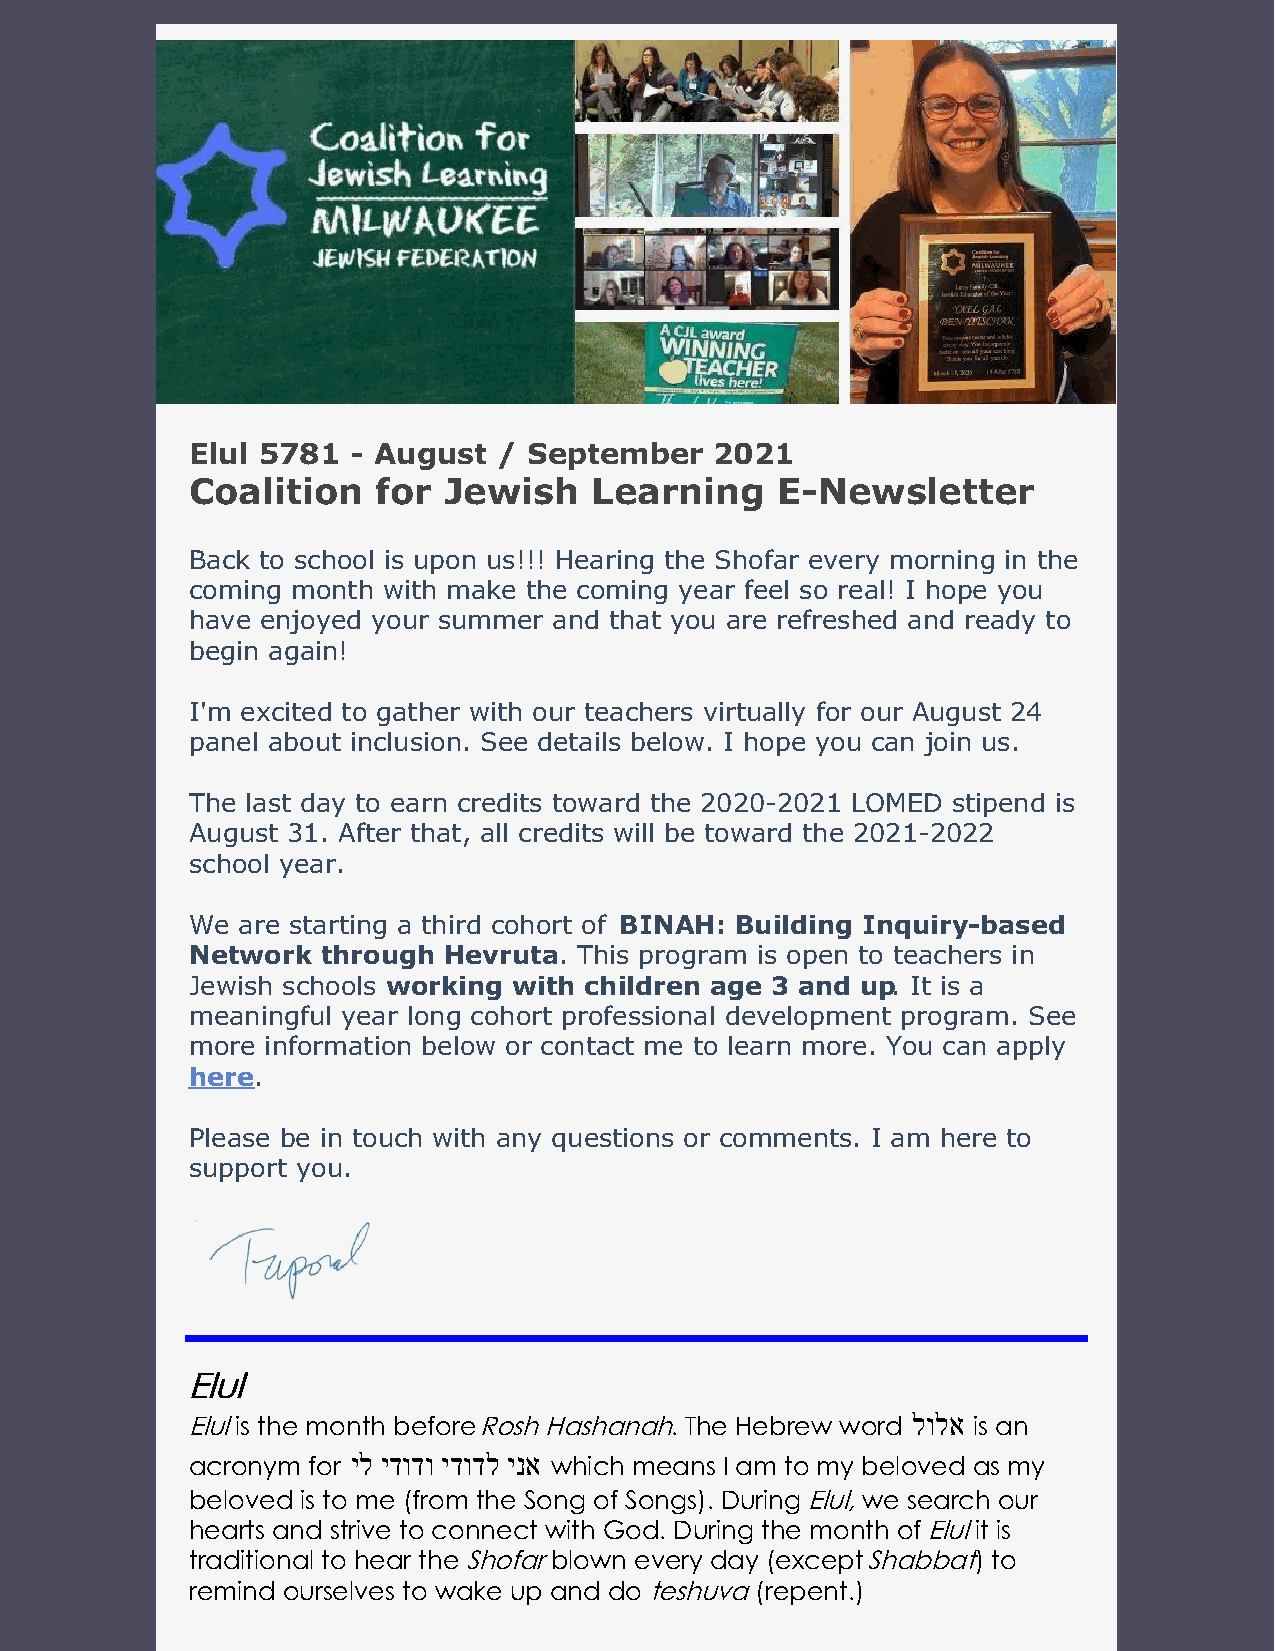
Elul 5781 - August  / September   2021
 Coalition   for Jewish    Learning    E-Newsletter
 Back to school is upon us!!! Hearing the Shofar every morning in the
 coming month with make the coming year feel so real! I hope you
 have enjoyed your summer and that you are refreshed and ready to
 begin again!
 I'm excited to gather with our teachers virtually for our August 24
 panel about inclusion. See details below. I hope you can join us.
 The last day to earn credits toward the 2020-2021 LOMED stipend is
 August 31. After that, all credits will be toward the 2021-2022
 school year.
 We are starting a third cohort of BINAH: Building Inquiry-based
 Network through Hevruta. This program is open to teachers in
 Jewish schools working with children age 3 and up. It is a
 meaningful year long cohort professional development program. See
 more information below or contact me to learn more. You can apply
 here.
 Please be in touch with any questions or comments. I am here to
 support you.
 EElluull
 Elul is the month before Rosh Hashanah. The Hebrew word לולא is an
 acronym for יל ידודו ידודל ינא which means I am to my beloved as my
 beloved is to me (from the Song of Songs). During Elul, we search our
 hearts and strive to connect with God. During the month of Elul it is
 traditional to hear the Shofar blown every day (except Shabbat) to
 remind ourselves to wake up and do teshuva (repent.)